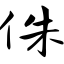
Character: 侏